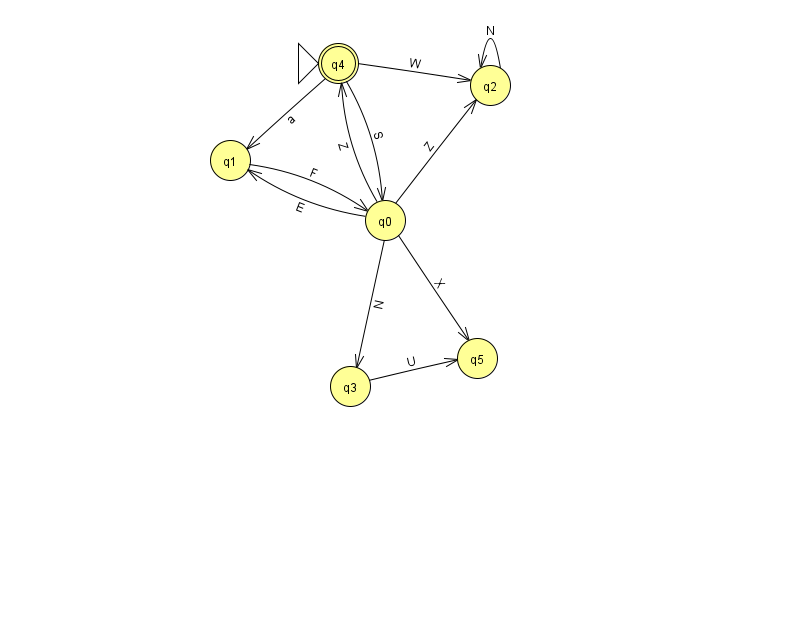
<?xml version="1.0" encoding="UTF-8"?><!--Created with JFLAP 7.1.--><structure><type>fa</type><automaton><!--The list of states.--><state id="0" name="q0"><x>385.0</x><y>207.0</y></state><state id="1" name="q1"><x>230.0</x><y>147.0</y></state><state id="2" name="q2"><x>490.0</x><y>72.0</y></state><state id="3" name="q3"><x>350.0</x><y>373.0</y></state><state id="4" name="q4"><x>338.0</x><y>50.0</y><initial/><final/></state><state id="5" name="q5"><x>477.0</x><y>345.0</y></state><!--The list of transitions.--><transition><from>0</from><to>2</to><read>Z</read></transition><transition><from>0</from><to>5</to><read>X</read></transition><transition><from>4</from><to>0</to><read>S</read></transition><transition><from>0</from><to>4</to><read>Z</read></transition><transition><from>1</from><to>0</to><read>F</read></transition><transition><from>3</from><to>5</to><read>U</read></transition><transition><from>0</from><to>1</to><read>E</read></transition><transition><from>0</from><to>3</to><read>N</read></transition><transition><from>4</from><to>1</to><read>a</read></transition><transition><from>2</from><to>2</to><read>N</read></transition><transition><from>4</from><to>2</to><read>W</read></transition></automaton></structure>